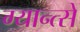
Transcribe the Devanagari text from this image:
ग्यान्त्से